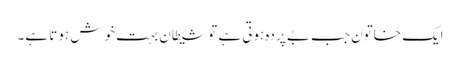
ایک خاتون جب بے پردہ ہوتی ہے تو شیطان بہت خوش ہوتا ہے۔